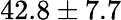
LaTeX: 42.8\pm 7.7